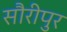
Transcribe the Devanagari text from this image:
सौरीपुर